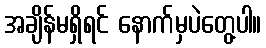
အချိန်မရှိရင် နောက်မှပဲတွေ့ပါ။